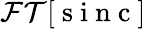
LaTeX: {\cal FT}[\mathrm{~s~i~n~c~}]